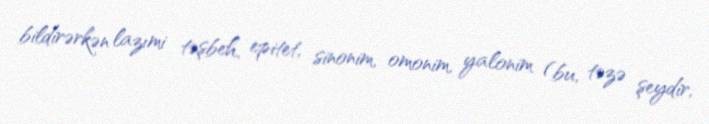
bildirərkən lazımi təşbeh, epitet, sinonim, omonim, yalonim (bu, təzə şeydir,